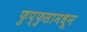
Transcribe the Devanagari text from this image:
फुप्फुसामधून